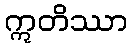
ဣတိဿာ